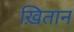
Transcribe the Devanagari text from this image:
ख़ितान